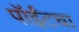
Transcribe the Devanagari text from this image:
पॉईंटचा